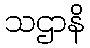
သဌာနိ